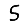
Digit: 5